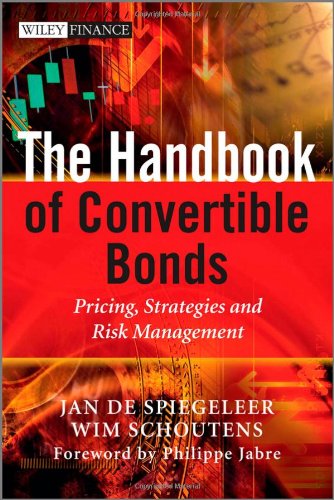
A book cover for The Handbook of Convertible Bonds: Pricing, Strategies and Risk Management; Jan De Spiegeleer; Business & Money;